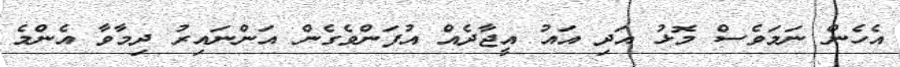
އެހެން ނަމަވެސް މޮޅު އަދި އައު އީޖާދެއް އުފަންވެގެން އަންނައިރު ދިމާވާ އެންމެ